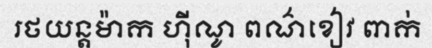
រថយន្តម៉ាក ហ៊ីណូ ពណ៌ខៀវ ពាក់